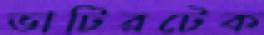
ভাটিরটেক